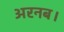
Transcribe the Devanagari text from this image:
अरनब।